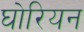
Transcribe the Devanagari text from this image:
घोरियन